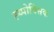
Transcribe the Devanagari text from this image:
ह्य्पोक्सिक